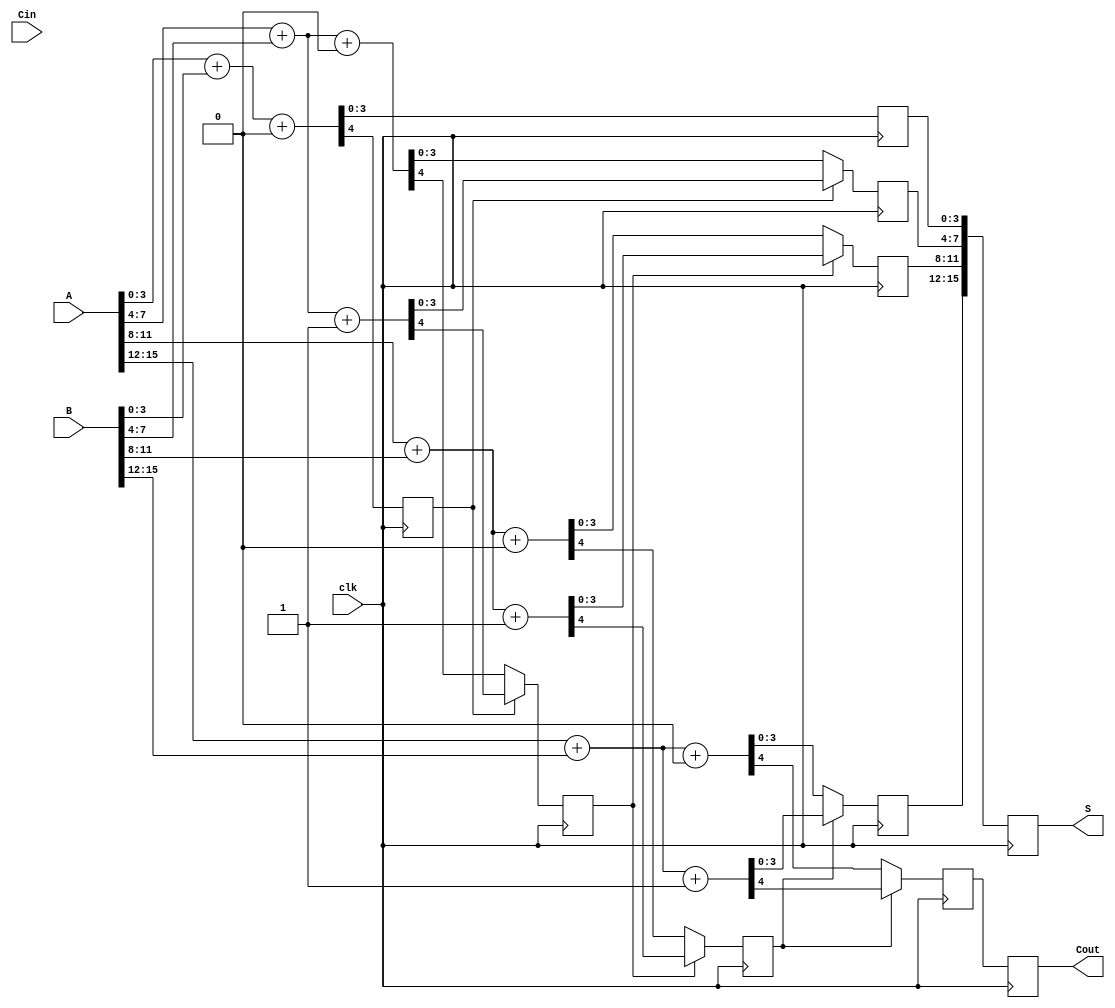
module PipelinedCarrySelectAdder #(
    parameter n = 16,             // Total width of A and B
    parameter m = 4,              // Width of each segment
    parameter k = n / m           // Number of segments
)(
    input clk,
    input [n-1:0] A,              // First operand
    input [n-1:0] B,              // Second operand
    input Cin,                    // Carry-in
    output reg [n-1:0] S,         // Sum output
    output reg Cout               // Carry-out
);

    // Internal signals for the carry select logic
    reg [m-1:0] S0 [0:k-1];       // Sum assuming carry-in = 0
    reg [m-1:0] S1 [0:k-1];       // Sum assuming carry-in = 1
    reg C0 [0:k-1];               // Carry-out assuming carry-in = 0
    reg C1 [0:k-1];               // Carry-out assuming carry-in = 1
    reg [m-1:0] S_reg [0:k-1];    // Registered sums
    reg C_reg [0:k-1];            // Registered carry-outs

    integer i;

    // Carry Select Logic for each segment
    always @* begin
        for (i = 0; i < k; i = i + 1) begin
            {C0[i], S0[i]} = A[i*m +: m] + B[i*m +: m] + 1'b0; // Sum for carry-in = 0
            {C1[i], S1[i]} = A[i*m +: m] + B[i*m +: m] + 1'b1; // Sum for carry-in = 1
        end
    end

    // Pipelined Stage Logic
    always @(posedge clk) begin
        // Stage 0
        S_reg[0] <= S0[0];
        C_reg[0] <= C0[0];

        // Stage 1 to k-1
        for (i = 1; i < k; i = i + 1) begin
            S_reg[i] <= (C_reg[i-1]) ? S1[i] : S0[i];
            C_reg[i] <= (C_reg[i-1]) ? C1[i] : C0[i];
        end

        // Final Outputs
        S <= {S_reg[k-1], S_reg[k-2], S_reg[k-3], S_reg[k-4]};
        Cout <= C_reg[k-1];
    end
endmodule